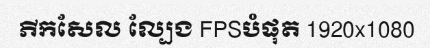
ភីកសែល ល្បែង FPSបំផុត 1920x1080